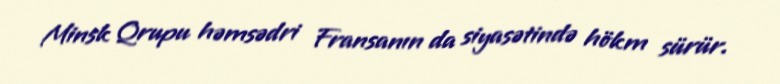
Minsk Qrupu həmsədri Fransanın da siyasətində hökm sürür.